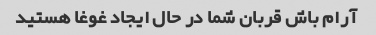
آرام باش قربان شما در حال ایجاد غوغا هستید